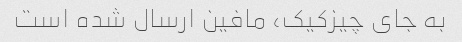
به جای چیزکیک، مافین ارسال شده است